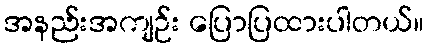
အနည်းအကျဉ်း ပြောပြထားပါတယ်။